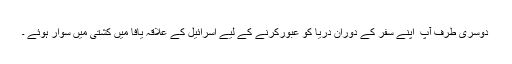
دوسری طرف آپ ؑ اپنے سفر کے دوران دریا کو عبورکرنے کے لیے اسرائیل کے علاقہ یافا میں کشتی میں سوار ہوئے ۔